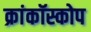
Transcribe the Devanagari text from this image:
क्रांकॉस्कोप